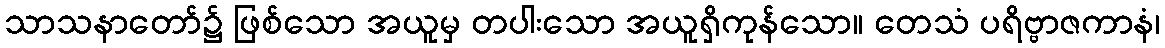
သာသနာတော်၌ ဖြစ်သော အယူမှ တပါးသော အယူရှိကုန်သော။ တေသံ ပရိဗ္ဗာဇကာနံ၊